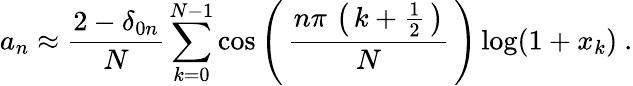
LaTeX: a_{n}\approx{\frac{2-\delta_{0n}}{N}}\sum_{k=0}^{N-1}\cos\left(\, {\frac{n\pi\, \left(\, k+{\frac{1}{2}}\, \right)}{N}}\, \right)\log(1+x_{k})~.